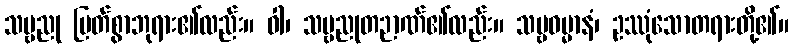
သဗ္ဗညု မြတ်စွာဘုရား၏လည်း။ ဝါ၊ သဗ္ဗညုတဉာဏ်၏လည်း။ သဗ္ဗဓမ္မာနံ၊ ဥဿုံသောတရားတို့၏။